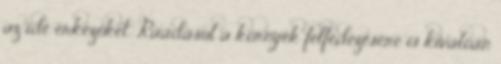
az ide érkezőket. Ráadásul a környék felfedezésére is kiválóan